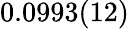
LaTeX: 0.0993(12)